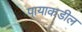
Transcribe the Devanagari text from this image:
पायाकडील